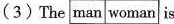
（3）The man woman is